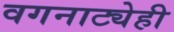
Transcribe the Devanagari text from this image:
वगनाट्येही